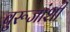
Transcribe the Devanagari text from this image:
बुरूजांशी